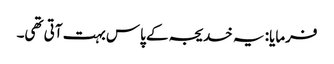
فرمایا: یہ خدیجہ کے پاس بہت آتی تھی۔